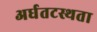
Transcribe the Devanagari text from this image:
अर्धतटस्थता